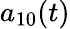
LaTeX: a_{10}(t)